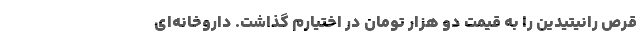
قرص رانیتیدین را به قیمت دو هزار تومان در اختیارم گذاشت. داروخانه‌ای